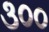
૩૦૦